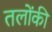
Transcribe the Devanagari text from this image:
तलोंकी